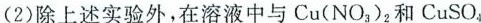
除上述实验外，在溶液中与Cu(NO_{3})_{2}和CuSO_{4}